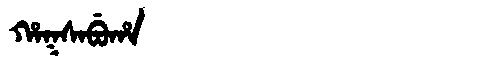
Manchu: ᡥᠠᡴᠰᠠᠪᡠᡥᠠ
Romanization: HAKSABUHA